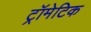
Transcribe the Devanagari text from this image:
ट्रॉमेटिक